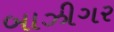
બાઝીગર